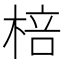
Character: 棓